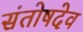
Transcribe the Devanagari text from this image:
संतोषदेव